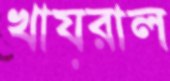
খায়রাল